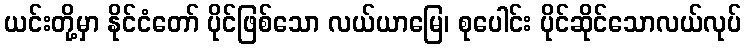
ယင်းတို့မှာ နိုင်ငံတော် ပိုင်ဖြစ်သော လယ်ယာမြေ၊ စုပေါင်း ပိုင်ဆိုင်သောလယ်လုပ်